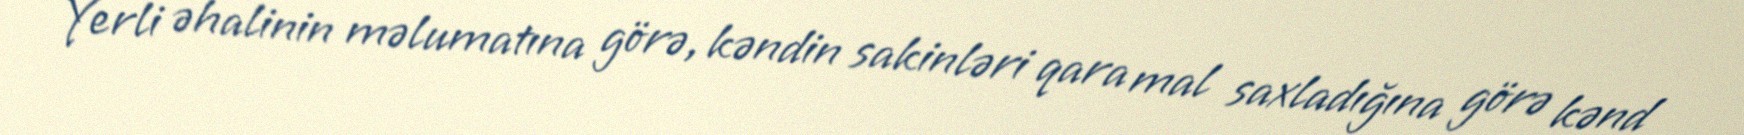
Yerli əhalinin məlumatına görə, kəndin sakinləri qara mal saxladığına görə kənd